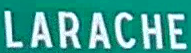
LARACHE